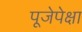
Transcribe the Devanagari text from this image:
पूजेपेक्षा